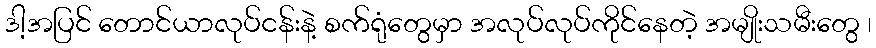
ဒါ့အပြင် တောင်ယာလုပ်ငန်းနဲ့ စက်ရုံတွေမှာ အလုပ်လုပ်ကိုင်နေတဲ့ အမျိုးသမီးတွေ ၊